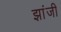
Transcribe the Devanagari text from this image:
झांजी